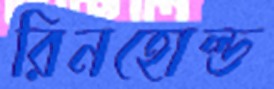
রিনহোল্ড